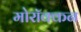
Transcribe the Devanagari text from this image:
मोरॉक्कन